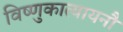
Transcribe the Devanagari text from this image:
विष्णुकात्यायनौ